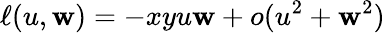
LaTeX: \ell(u,\mathbf{w})=-xyu\mathbf{w}+o(u^{2}+\mathbf{w}^{2})